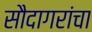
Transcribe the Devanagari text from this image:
सौदागरांचा